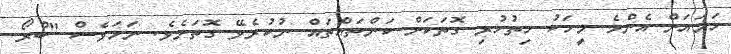
ހަމައަށް އެންމެ މީހަކު ހިތުހުރި ގޮތަކަށް ކަންތައްތައް ނުކުރެވޭ ގޮތަށެވެ. ނަމަވެސް "ބްރޯ